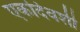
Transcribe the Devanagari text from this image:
एकदिवशी